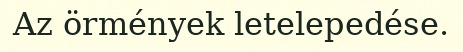
Az örmények letelepedése.